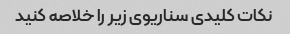
نکات کلیدی سناریوی زیر را خلاصه کنید